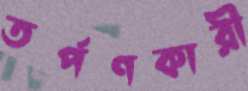
তর্পণকারী